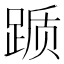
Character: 踬